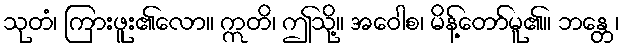
သုတံ၊ ကြားဖူး၏လော။ ဣတိ၊ ဤသို့။ အဝေါစ၊ မိန့်တော်မူ၏။ ဘန္တေ၊